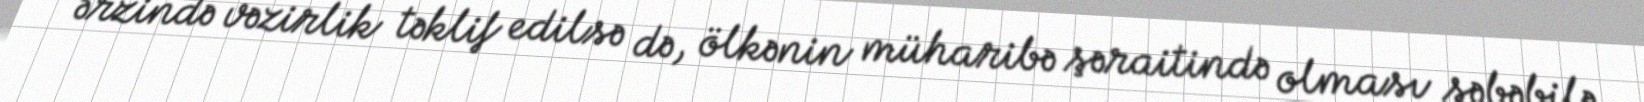
ərzində vəzirlik təklif edilsə də, ölkənin müharibə şəraitində olması səbəbilə